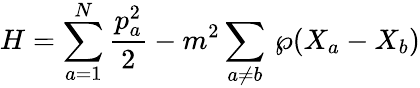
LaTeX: H=\sum_{a=1}^{N}\frac{p_{a}^{2}}{2}-m^{2}\sum_{a\neq b}\, {\wp}(X_{a}-X_{b})